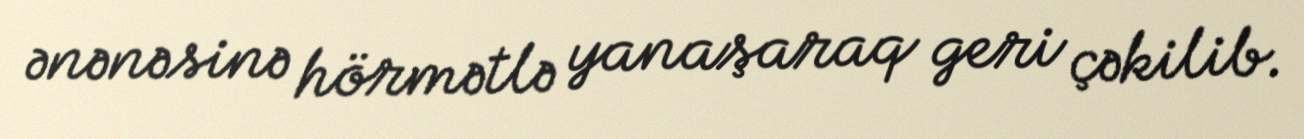
ənənəsinə hörmətlə yanaşaraq geri çəkilib.